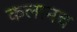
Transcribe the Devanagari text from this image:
कलानच